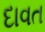
દાવત